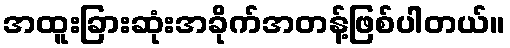
အထူးခြားဆုံးအခိုက်အတန့်ဖြစ်ပါတယ်။